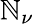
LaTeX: \mathbb{N}_{\nu}